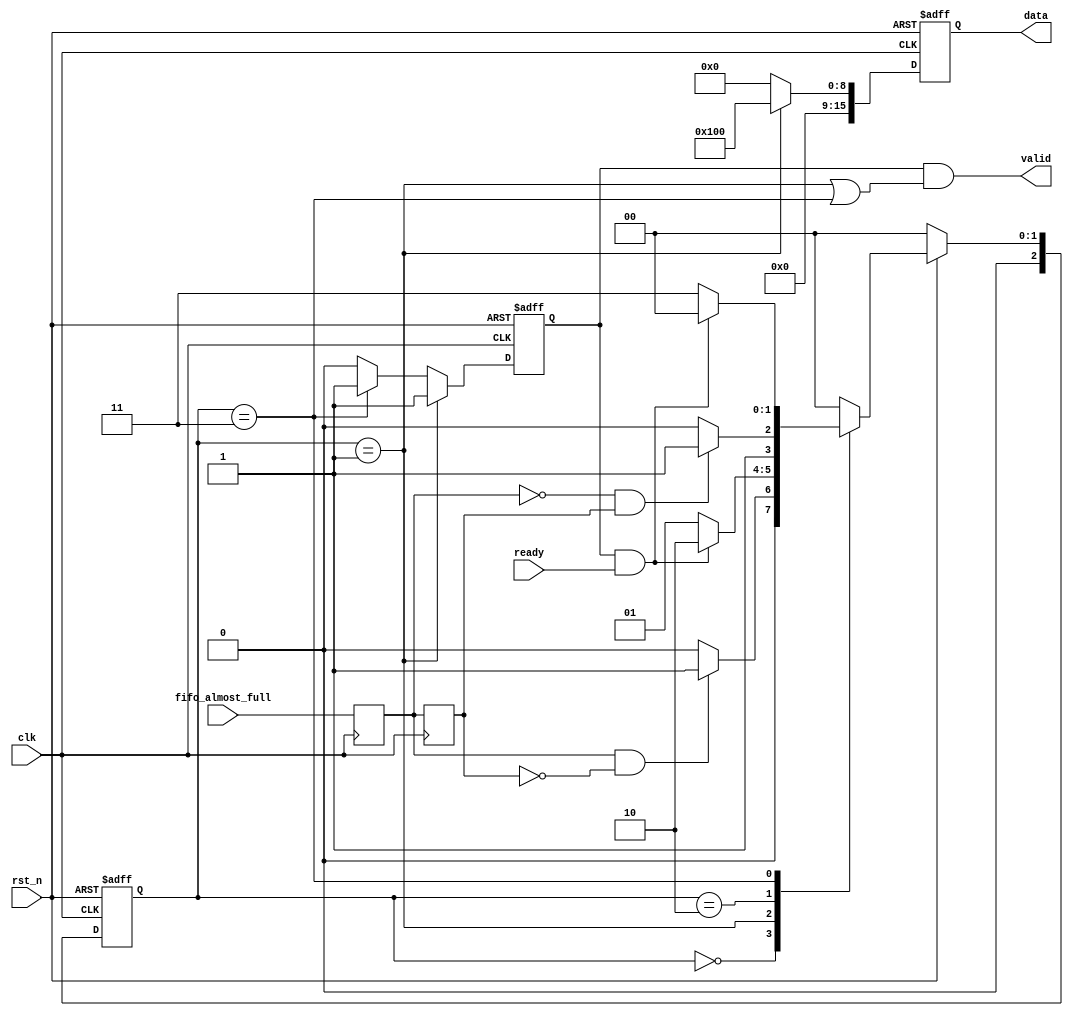
module nfc_gen(
	input clk,    // Clock
	input rst_n,  // Asynchronous reset active low

	input         fifo_almost_full,

	output        valid,
	output [15:0] data,
	input         ready
	
);

	reg        valid_r;
	reg [15:0] data;
    wire  fifo_almost_full_pos,fifo_almost_full_neg;
    reg   fifo_almost_full_d1,fifo_almost_full_d2;

always @(posedge clk) begin 
	fifo_almost_full_d1<= fifo_almost_full;
    fifo_almost_full_d2<= fifo_almost_full_d1;
end

assign fifo_almost_full_pos = fifo_almost_full_d1 && (~fifo_almost_full_d2);
assign fifo_almost_full_neg = (~fifo_almost_full_d1) && fifo_almost_full_d2;

localparam  IDLE        = 0;
localparam  S_XOFF       = 1;
localparam  S_WAIT_XON = 2;
localparam  S_XON      = 3;

reg [2:0]  sate_c,sate_n;

always @(posedge clk or negedge rst_n) begin : proc_sates
	if(~rst_n) begin
		sate_c <= IDLE;
	end else begin
		sate_c <= sate_n;
	end
end

always @(*) begin 
	if(~rst_n)
		sate_n = IDLE;
	else
		case(sate_c) 
			IDLE:begin
				if(fifo_almost_full_pos) 
					sate_n = S_XOFF;
				else
					sate_n = IDLE;
			end
			S_XOFF:begin
				if(valid_r && ready) 
					sate_n = S_WAIT_XON;
				else
					sate_n = S_XOFF;
			end

			S_WAIT_XON:begin
				if(fifo_almost_full_neg) 
					sate_n = S_XON;
				else
					sate_n = S_WAIT_XON;
			end
			S_XON:begin
				if(valid_r && ready) 
					sate_n = IDLE;
				else
					sate_n = S_XON;
			end
			default:sate_n = IDLE;
		endcase
end


always @(posedge clk or negedge rst_n) begin : proc_data
	if(~rst_n) begin
		data  <= 'h0;
		valid_r <=   0;
	end else if(sate_c == S_XOFF)begin
		data  <= 'h0100;
		valid_r <=   1;
	end else if(sate_c == S_XON)begin
		data  <= 'h0000;
		valid_r <=   1;
	end else begin
		data  <= 'h0000;
		valid_r <=   0;
	end
end

assign valid= valid_r && ((sate_c == S_XOFF) || (sate_c == S_XON));

endmodule